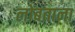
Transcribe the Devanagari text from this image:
लोंबताना